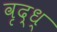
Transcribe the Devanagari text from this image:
वृद्ध्